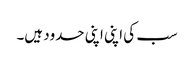
سب کی اپنی اپنی حدود ہیں۔